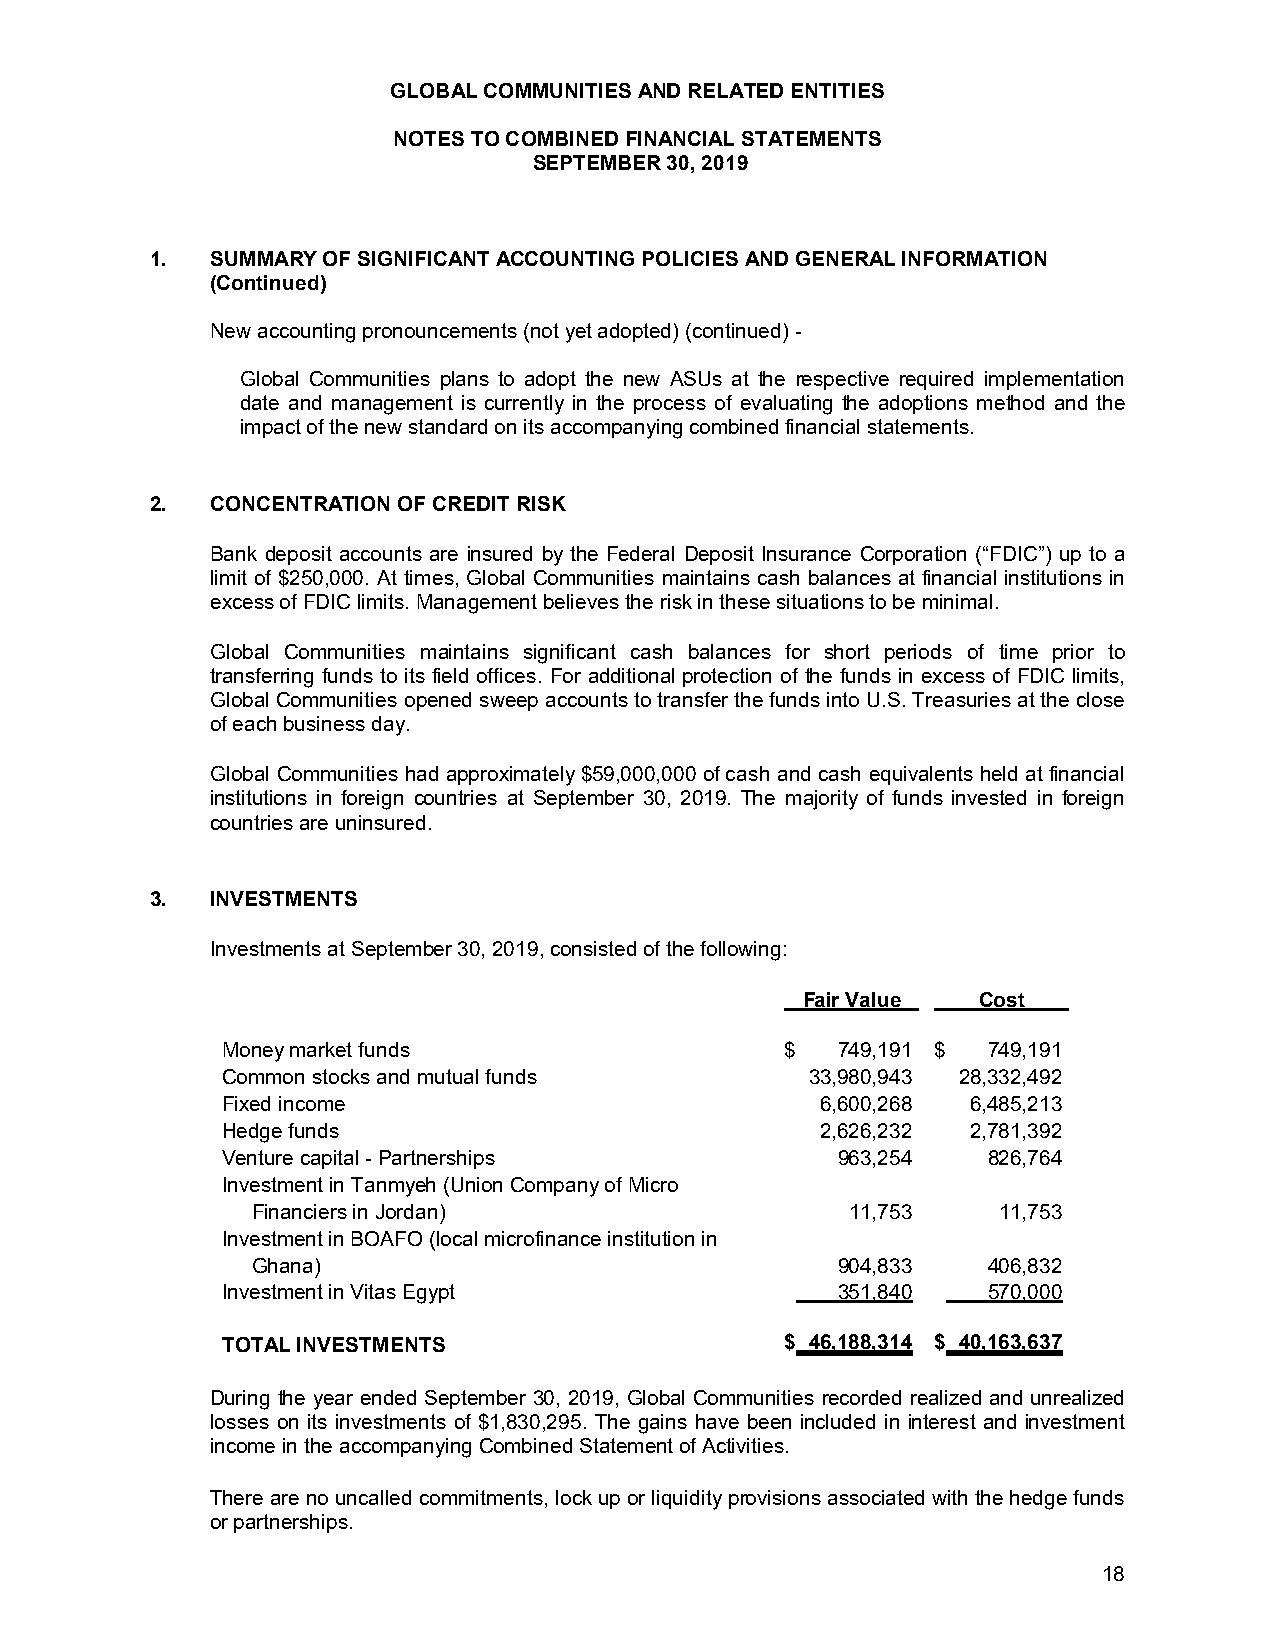
GLOBAL COMMUNITIES AND RELATED ENTITIES
 NOTES TO COMBINED FINANCIAL STATEMENTS
 SEPTEMBER 30, 2019
 1.  SUMMARY OF SIGNIFICANT ACCOUNTING POLICIES AND GENERAL INFORMATION
 (Continued)
 New accounting pronouncements (not yet adopted) (continued) -
 Global Communities plans to adopt the new ASUs at the respective required implementation
 date and management is currently in the process of evaluating the adoptions method and the
 impact of the new standard on its accompanying combined financial statements.
 2.  CONCENTRATION OF CREDIT RISK
 Bank deposit accounts are insured by the Federal Deposit Insurance Corporation (“FDIC”) up to a
 limit of $250,000. At times, Global Communities maintains cash balances at financial institutions in
 excess of FDIC limits. Management believes the risk in these situations to be minimal.
 Global Communities maintains significant cash balances for short periods of time prior to
 transferring funds to its field offices. For additional protection of the funds in excess of FDIC limits,
 Global Communities opened sweep accounts to transfer the funds into U.S. Treasuries at the close
 of each business day.
 Global Communities had approximately $59,000,000 of cash and cash equivalents held at financial
 institutions in foreign countries at September 30, 2019. The majority of funds invested in foreign
 countries are uninsured.
 3.  INVESTMENTS
 Investments at September 30, 2019, consisted of the following:
 Fair Value  Cost
 Money market funds                   $  749,191 $ 749,191
 Common stocks and mutual funds         33,980,943 28,332,492
 Fixed income                           6,600,268 6,485,213
 Hedge funds                            2,626,232 2,781,392
 Venture capital - Partnerships          963,254   826,764
 Investment in Tanmyeh (Union Company of Micro
 Financiers in Jordan)                  11,753    11,753
 Investment in BOAFO (local microfinance institution in
 Ghana)                                904,833   406,832
 Investment in Vitas Egypt               351,840   570,000
 TOTAL INVESTMENTS                    $ 46,188,314 $ 40,163,637
 During the year ended September 30, 2019, Global Communities recorded realized and unrealized
 losses on its investments of $1,830,295. The gains have been included in interest and investment
 income in the accompanying CombinedStatement of Activities.
 There are no uncalled commitments, lock up or liquidity provisions associated with the hedge funds
 or partnerships.
 18